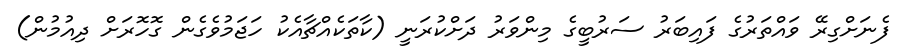
ފެނަށްގިރޭ ވައްތަރުގެ ފައިބަރު ސަރުބީގެ މިންވަރު ދަށްކުރަނީ (ކާތަކެއްޗާއެކު ހަޖަމުވެގެން ގޮހޮރަށް ދިއުމުން)